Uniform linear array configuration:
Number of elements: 4
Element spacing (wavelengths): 0.25
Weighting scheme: hamming
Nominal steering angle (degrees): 45
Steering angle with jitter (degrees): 45.023
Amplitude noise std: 0.05
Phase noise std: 0.05

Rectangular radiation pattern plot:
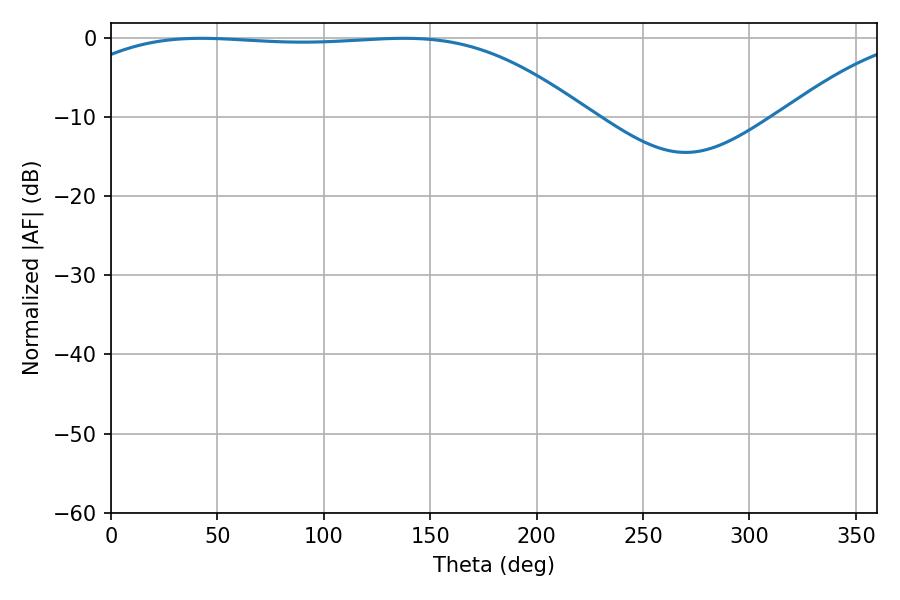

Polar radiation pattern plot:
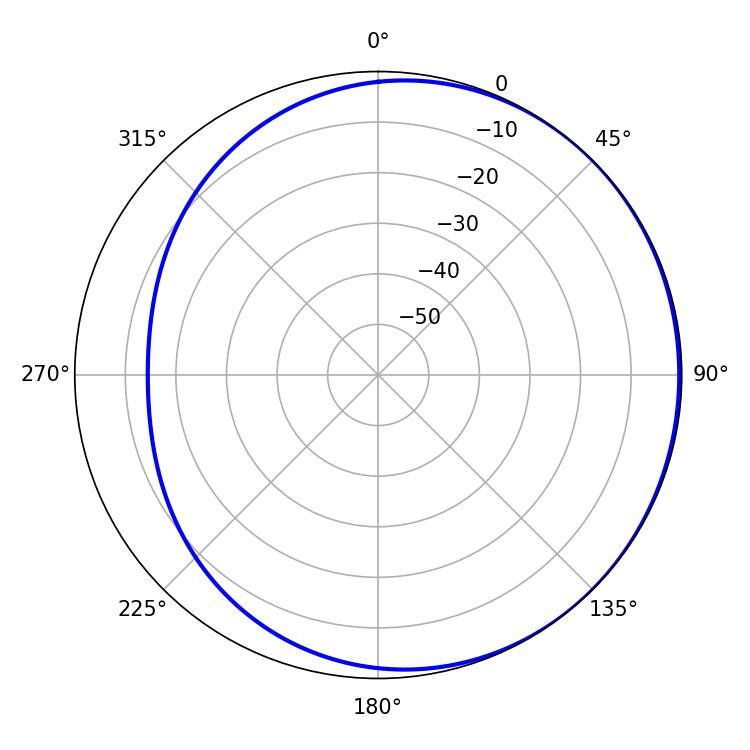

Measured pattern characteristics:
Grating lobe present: FALSE
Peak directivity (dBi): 0.8511
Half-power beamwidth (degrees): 188.1
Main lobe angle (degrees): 42.3